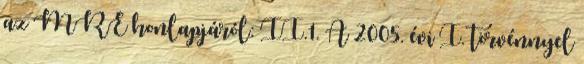
az MRE honlapjáról: II.1. A 2005. évi I. törvénnyel